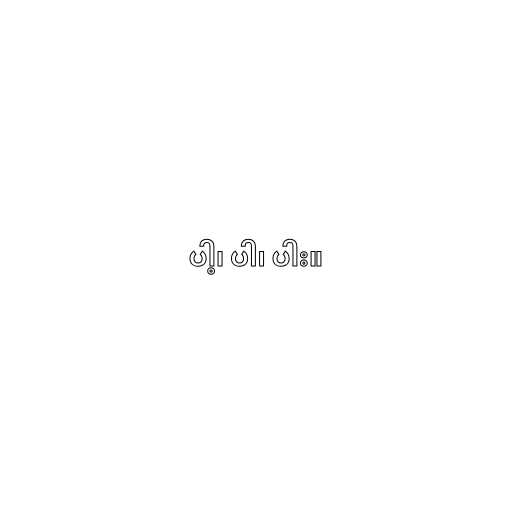
ပါ့၊ ပါ၊ ပါး။